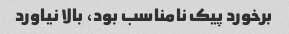
برخورد پیک نامناسب بود، بالا نیاورد